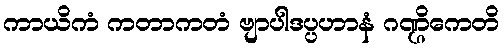
ကာယိကံ ကတာကတံ ဗျာပါဒပ္ပဟာနံ ဂဏ္ဌိကေတိ